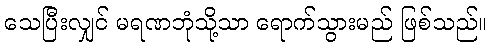
သေပြီးလျှင် မရဏဘုံသို့သာ ရောက်သွားမည် ဖြစ်သည်။